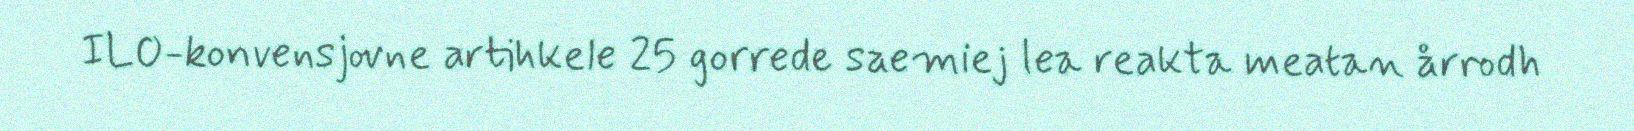
ILO-konvensjovne artihkele 25 gorrede saemiej lea reakta meatan årrodh